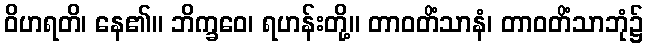
ဝိဟရတိ၊ နေ၏။ ဘိက္ခဝေ၊ ရဟန်းတို့။ တာဝတိံသာနံ၊ တာဝတိံသာဘုံ၌